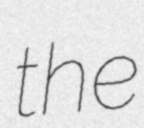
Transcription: the